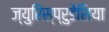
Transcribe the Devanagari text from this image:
ज्युरिस्प्रुडेंशिया